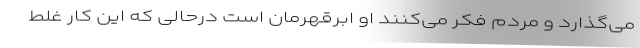
می‌گذارد و مردم فکر می‌کنند او ابرقهرمان است درحالی که این کار غلط